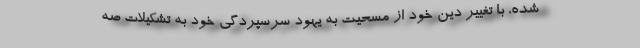
شده، با تغییر دین خود از مسحیت به یهود سرسپردگی خود به تشکیلات صه